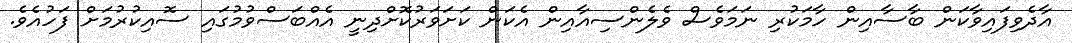
އާދެވިފައިވާކަން ބާސާއިން ހާމަކުރި ނަމަވެސް ވެލެންސިއާއިން އެކަން ކަށަވަރުކޮށްދިނީ އެއްބަސްވުމުގައި ސޮއިކުރުމަށް ފަހުއެވެ.